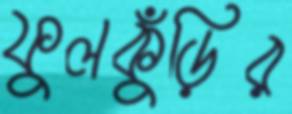
ফুলকুঁড়ির